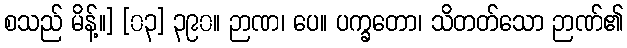
စသည် မိန့်။] [၀၃] ၃၉၀။ ဉာဏ၊ ပေ။ ပက္ခတော၊ သိတတ်သော ဉာဏ်၏